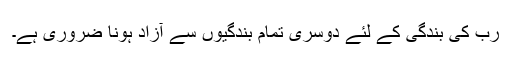
رب کی بندگی کے لئے دوسری تمام بندگیوں سے آزاد ہونا ضروری ہے۔